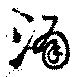
涌